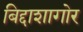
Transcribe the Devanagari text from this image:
बिद्दाशागोर